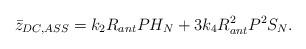
LaTeX: \begin{align*}\bar{z}_{DC,ASS}=k_2R_{ant}P H_N+3k_4 R_{ant}^2 P^2 S_N.\end{align*}